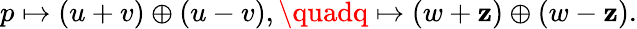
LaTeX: p\mapsto(u+v)\oplus(u-v),\quadq\mapsto(w+\mathbf{z})\oplus(w-\mathbf{z}).